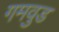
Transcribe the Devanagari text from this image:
गमवुड